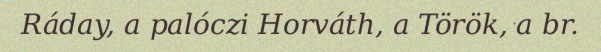
Ráday, a palóczi Horváth, a Török, a br.